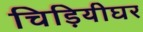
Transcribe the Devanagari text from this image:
चिड़ियीघर